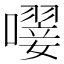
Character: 𡁕